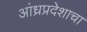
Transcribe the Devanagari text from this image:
आंध्रप्रदेशाचा